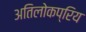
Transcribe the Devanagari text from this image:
अतिलोकप्रिय